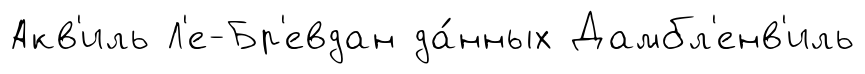
Акв'иль Л'е-Бр'евдан да́нных Дамбл'енв'иль